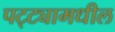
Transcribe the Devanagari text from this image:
पट्ट्यामधील